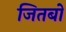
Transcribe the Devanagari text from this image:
जितबो